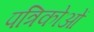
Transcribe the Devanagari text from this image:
पत्रिकोओं